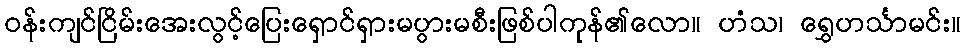
ဝန်းကျင်ငြိမ်းအေးလွင့်ပြေးရှောင်ရှားမပွားမစီးဖြစ်ပါကုန်၏လော။ ဟံသ၊ ရွှေဟင်္သာမင်း။